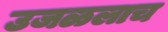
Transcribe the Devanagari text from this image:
उजळलाच